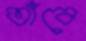
তাঁবে